Leprosy in India: report of the Leprosy Commission in India, 1890-91
Year: 1890
Disease focus: Leprosy
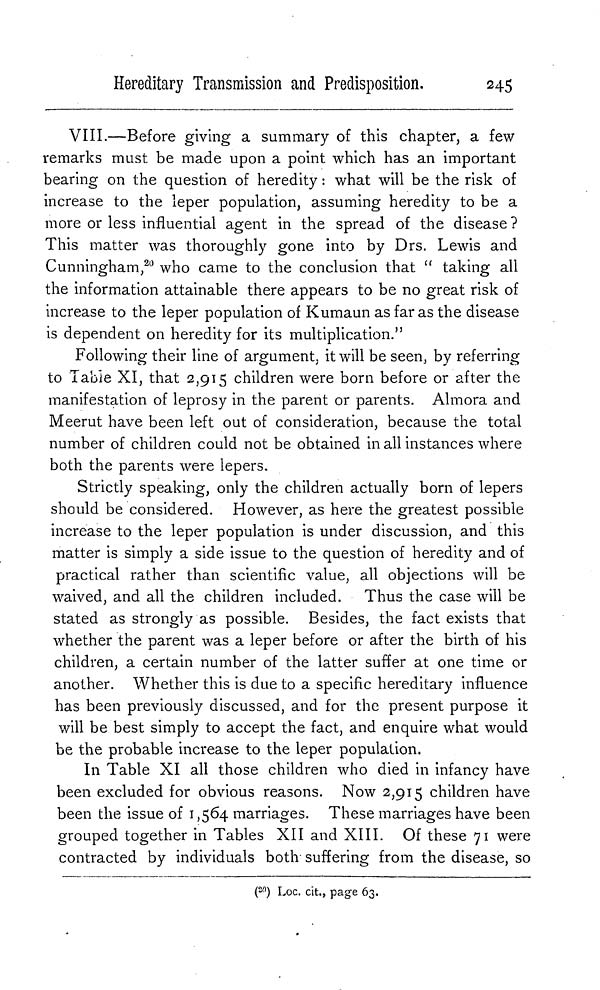
Hereditary Transmission and Predisposition.
245
VIII.—Before giving a summary of this chapter, a few
remarks must be made upon a point which has an important
bearing on the question of heredity : what will be the risk of
increase to the leper population, assuming heredity to be a
more or less influential agent in the spread of the disease ?
This matter was thoroughly gone into by Drs. Lewis and
Cunningham, 20 who came to the conclusion that " taking all
the information attainable there appears to be no great risk of
increase to the leper population of Kumaun as far as the disease
is dependent on heredity for its multiplication."
Following their line of argument, it will be seen, by referring
to Table XI, that 2,915 children were born before or after the
manifestation of leprosy in the parent or parents. Almora and
Meerut have been left out of consideration, because the total
number of children could not be obtained in all instances where
both the parents were lepers.
Strictly speaking, only the children actually born of lepers
should be considered. However, as here the greatest possible
increase to the leper population is under discussion, and this
matter is simply a side issue to the question of heredity and of
practical rather than scientific value, all objections will be
waived, and all the children included. Thus the case will be
stated as strongly as possible. Besides, the fact exists that
whether the parent was a leper before or after the birth of his
children, a certain number of the latter suffer at one time or
another. Whether this is due to a specific hereditary influence
has been previously discussed, and for the present purpose it
will be best simply to accept the fact, and enquire what would
be the probable increase to the leper population.
In Table XI all those children who died in infancy have
been excluded for obvious reasons. Now 2,915 children have
been the issue of 1,564 marriages. These marriages have been
grouped together in Tables XII and XIII. Of these 71 were
contracted by individuals both suffering from the disease, so
( 20 ) Loc. cit., page 63.